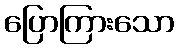
ပြောကြားသော